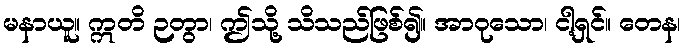
မနာယူ။ ဣတိ ဉတွာ၊ ဤသို့ သိသည်ဖြစ်၍။ အာဝုသော၊ ငါ့ရှင်။ တေန၊